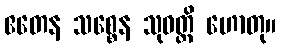
ဧတေန သစ္စေန သုဝတ္ထိ ဟောတု။